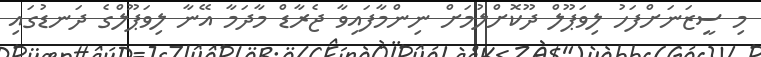
މި ސީޒަނަށްފަހު ލިވަޕޫލް ދޫކޮށްލުމަށް ނިންމާފައިވާ ޖެރާޑް މާދަމާ އޭނާ ލިވަޕޫލްގެ ދަނޑުގައި